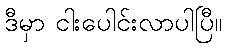
ဒီမှာ ငါးပေါင်းလာပါပြီ။